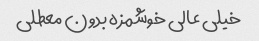
خیلی عالی خوشمزه بدون معطلی